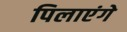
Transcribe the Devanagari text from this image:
पिलाएंगे